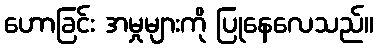
ဟောခြင်း အမှုများကို ပြုနေလေသည်။